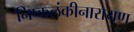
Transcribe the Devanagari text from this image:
निष्कलंकीनारायण